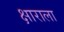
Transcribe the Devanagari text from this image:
क्षाराला